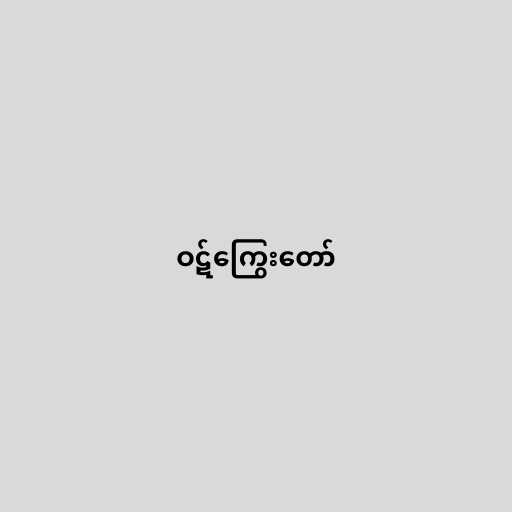
ဝဋ်ကြွေးတော်